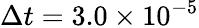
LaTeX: \Delta t=3.0\times 10^{-5}